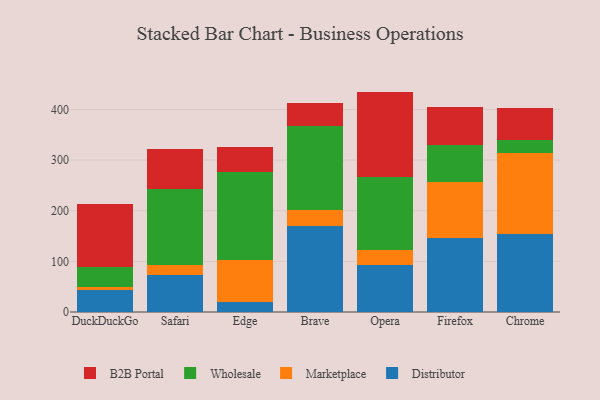
{"axis": {"x": "Browser", "y": "Waste Production (Tons)"}, "legend": ["B2B Portal", "Distributor", "Marketplace", "Wholesale"], "data": [{"x": "DuckDuckGo", "y": 42.5, "type": "Distributor"}, {"x": "DuckDuckGo", "y": 6.3, "type": "Marketplace"}, {"x": "DuckDuckGo", "y": 39.3, "type": "Wholesale"}, {"x": "DuckDuckGo", "y": 125.0, "type": "B2B Portal"}, {"x": "Safari", "y": 73.1, "type": "Distributor"}, {"x": "Safari", "y": 18.9, "type": "Marketplace"}, {"x": "Safari", "y": 151.7, "type": "Wholesale"}, {"x": "Safari", "y": 78.9, "type": "B2B Portal"}, {"x": "Edge", "y": 19.8, "type": "Distributor"}, {"x": "Edge", "y": 83.2, "type": "Marketplace"}, {"x": "Edge", "y": 173.8, "type": "Wholesale"}, {"x": "Edge", "y": 48.6, "type": "B2B Portal"}, {"x": "Brave", "y": 170.6, "type": "Distributor"}, {"x": "Brave", "y": 31.4, "type": "Marketplace"}, {"x": "Brave", "y": 166.3, "type": "Wholesale"}, {"x": "Brave", "y": 44.2, "type": "B2B Portal"}, {"x": "Opera", "y": 92.3, "type": "Distributor"}, {"x": "Opera", "y": 31.0, "type": "Marketplace"}, {"x": "Opera", "y": 142.5, "type": "Wholesale"}, {"x": "Opera", "y": 169.6, "type": "B2B Portal"}, {"x": "Firefox", "y": 146.6, "type": "Distributor"}, {"x": "Firefox", "y": 109.7, "type": "Marketplace"}, {"x": "Firefox", "y": 73.3, "type": "Wholesale"}, {"x": "Firefox", "y": 75.6, "type": "B2B Portal"}, {"x": "Chrome", "y": 153.3, "type": "Distributor"}, {"x": "Chrome", "y": 161.1, "type": "Marketplace"}, {"x": "Chrome", "y": 25.0, "type": "Wholesale"}, {"x": "Chrome", "y": 62.7, "type": "B2B Portal"}]}